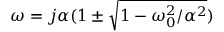
\omega = j \alpha ( 1 \pm \sqrt { 1 - \omega _ { 0 } ^ { 2 } / \alpha ^ { 2 } } )